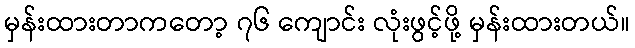
မှန်းထားတာကတော့ ၇၆ ကျောင်း လုံးဖွင့်ဖို့ မှန်းထားတယ်။